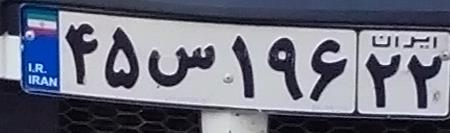
۴۵س۱۹۶۲۲